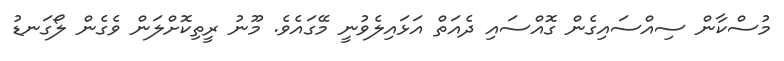
މުސްކާން ސިއްސައިގެން ގޮއްސައި ދެއަތް އަޅައިލެވުނީ މޭގައެވެ. މޫނު ރީތިކޮށްލަން ވެގެން ލޯގަނޑު